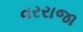
વરરાજા